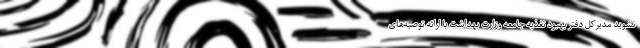
نشوید مدیرکل دفتر بهبود تغذیه جامعه وزارت بهداشت با ارائه توصیه‌های